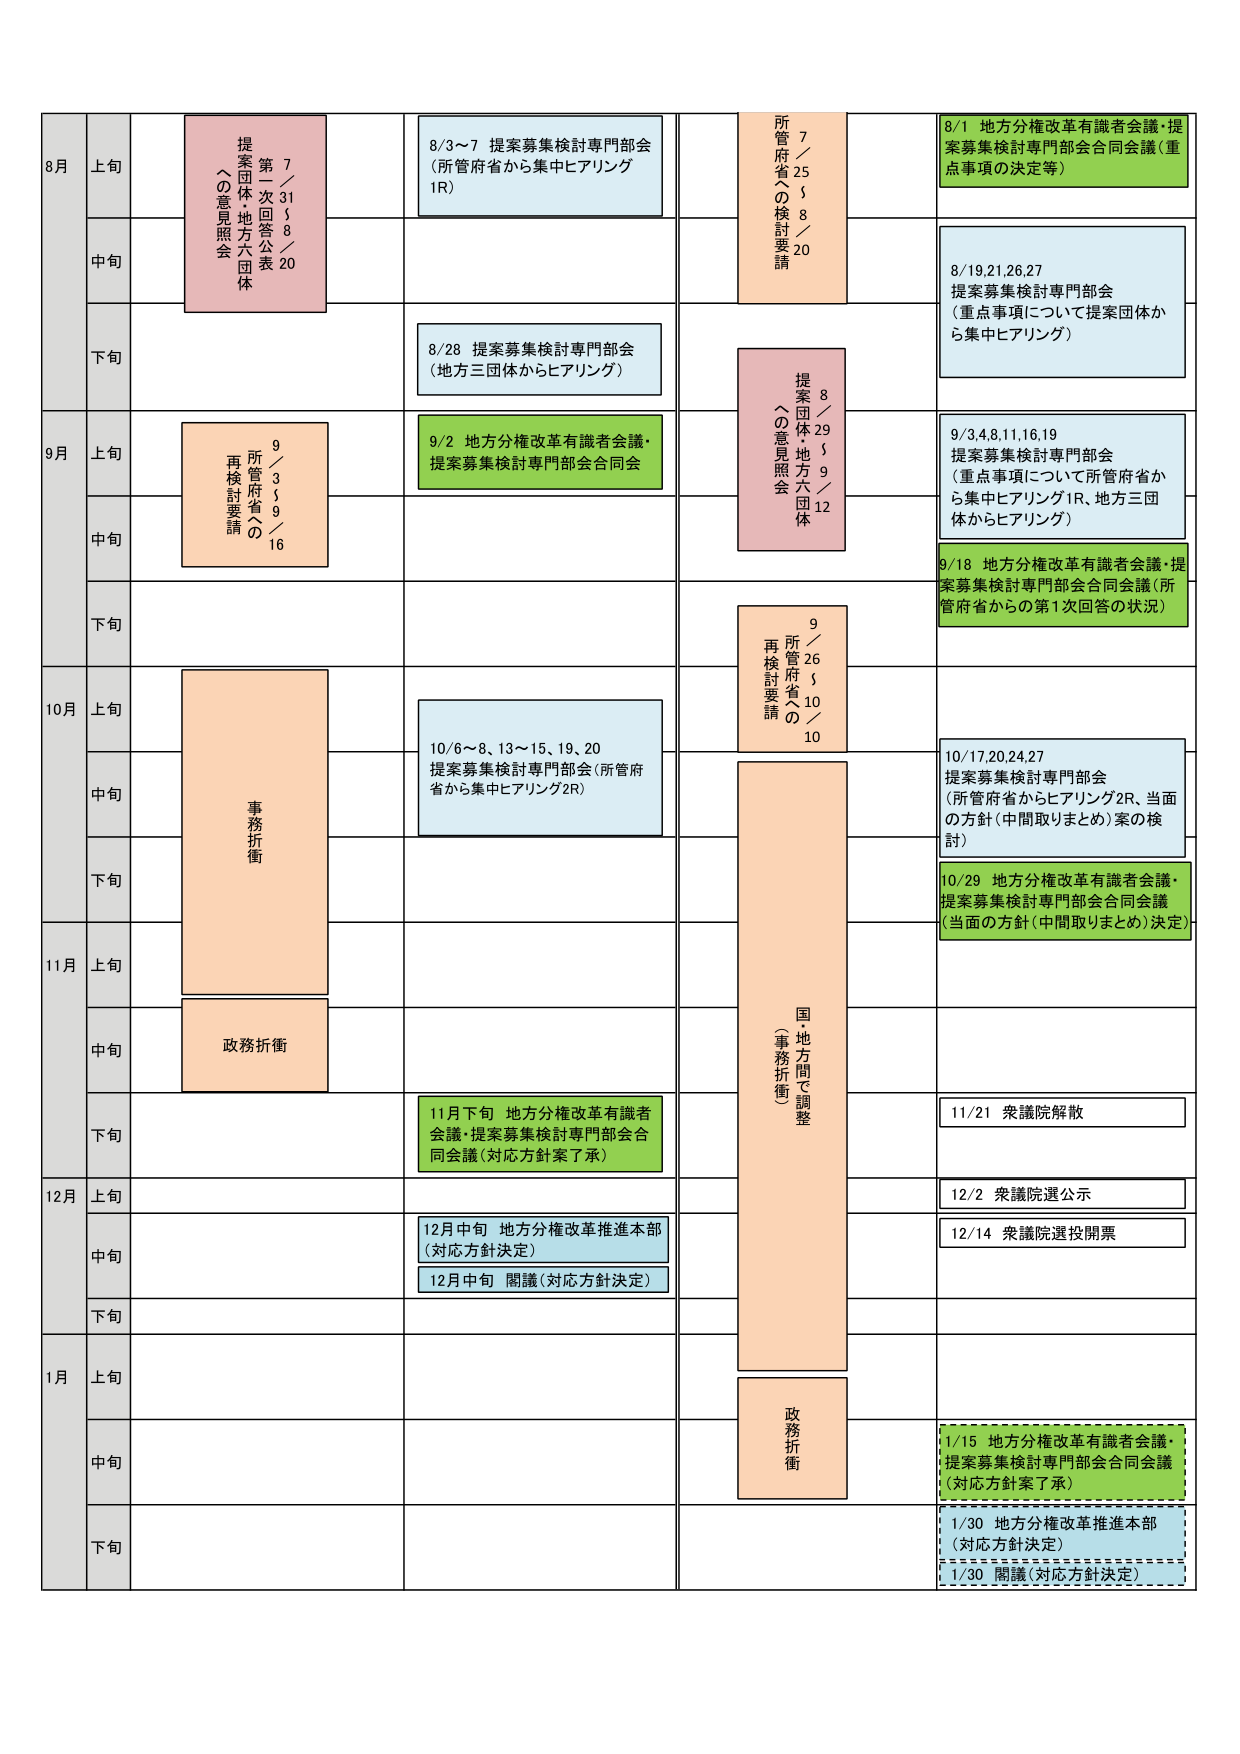
8月 上旬
7／31～8／20
第一次回答公表
提案団体・地方六団体
への意見照会

8/3～7 提案募集検討専門部会
（所管府省から集中ヒアリング1R）

7／25～8／20
所管府省への検討要請

8/1 地方分権改革有識者会議・提案募集検討専門部会合同会議（重点事項の決定等）

中旬
8/19,21,26,27
提案募集検討専門部会
（重点事項について提案団体から集中ヒアリング）

下旬
8/28 提案募集検討専門部会
（地方三団体からヒアリング）

9月 上旬
9／3～9／16
所管府省への再検討要請

9/2 地方分権改革有識者会議・提案募集検討専門部会合同会議

8／29～9／12
提案団体・地方六団体
への意見照会

9/3,4,8,11,16,19
提案募集検討専門部会
（重点事項について所管府省から集中ヒアリング1R、地方三団体からヒアリング）

中旬
9/18 地方分権改革有識者会議・提案募集検討専門部会合同会議（所管府省からの第1次回答の状況）

下旬
9／26～10／10
所管府省への再検討要請

10月 上旬
事務折衝

10/6～8、13～15、19、20
提案募集検討専門部会（所管府省から集中ヒアリング2R）

10/17,20,24,27
提案募集検討専門部会
（所管府省からヒアリング2R、当面の方針（中間取りまとめ）案の検討）

中旬

下旬
10/29 地方分権改革有識者会議・提案募集検討専門部会合同会議
（当面の方針（中間取りまとめ）決定）

11月 上旬
国・地方間で調整
（事務折衝）

中旬
政務折衝

下旬
11月下旬 地方分権改革有識者会議・提案募集検討専門部会合同会議（対応方針案了承）

11/21 衆議院解散

12月 上旬
12/2 衆議院選公示

中旬
12月中旬 地方分権改革推進本部（対応方針決定）
12月中旬 閣議（対応方針決定）

12/14 衆議院選投開票

下旬

1月 上旬

中旬
1/15 地方分権改革有識者会議・提案募集検討専門部会合同会議（対応方針案了承）

下旬
1/30 地方分権改革推進本部（対応方針決定）
1/30 閣議（対応方針決定）

政務折衝